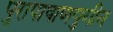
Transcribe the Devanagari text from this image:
पुरापाषाणयुगीन